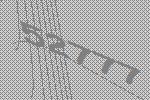
52777